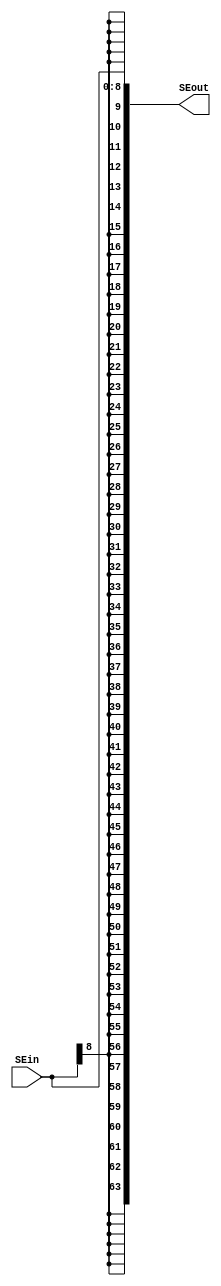
`timescale 1ns / 1ps

module SignExtendor(
		input [8:0] SEin,
	 output [63:0] SEout);
	 
assign SEout = {{55{SEin[8]}},SEin};

endmodule